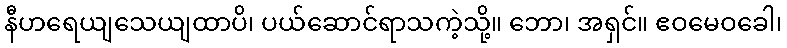
နီဟရေယျသေယျထာပိ၊ ပယ်ဆောင်ရာသကဲ့သို့။ ဘော၊ အရှင်။ ဧဝမေဝခေါ၊